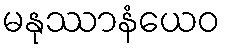
မနုဿာနံယေဝ